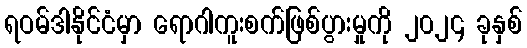
ရဝမ်ဒါနိုင်ငံမှာ ရောဂါကူးစက်ဖြစ်ပွားမှုကို ၂၀၂၄ ခုနှစ်